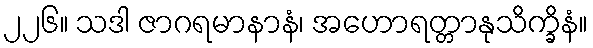
၂၂၆။ သဒါ ဇာဂရမာနာနံ၊ အဟောရတ္တာနုသိက္ခိနံ။